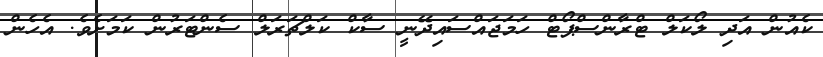
ކެއުން އަދި ލޯކަލް ޓްރާންސްޕޯޓް ހަމަޖައްސައިދޭނީ ސާކް ކަލްޗަރަލް ސެންޓަރުން ކަމަށެވެ. އެހެން